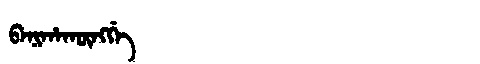
Manchu: ᠪᠠᠨᡳᡥᠠᡴᡡᠩᡤᡝ
Romanization: BANIHAKŪNGGE